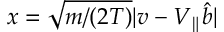
x = \sqrt { m / ( 2 T ) } | \boldsymbol { v } - V _ { \parallel } \boldsymbol { \hat { b } } |